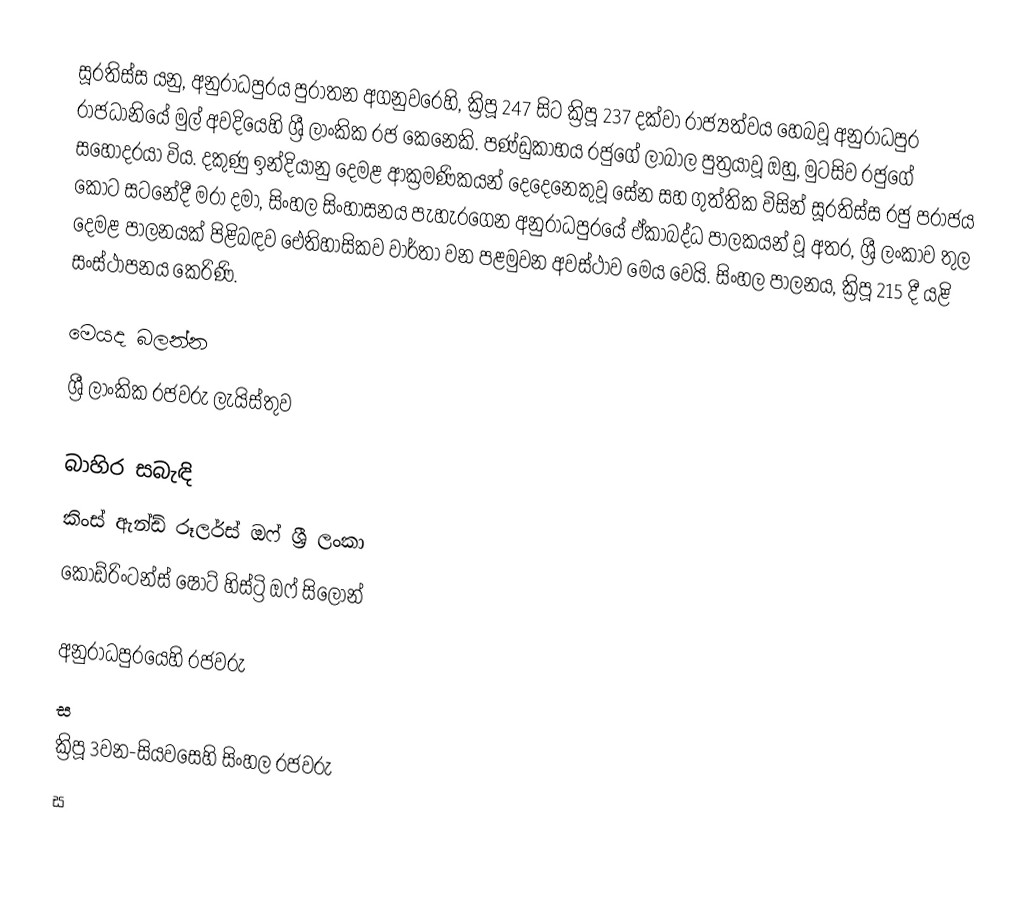
සූරතිස්ස යනු, අනුරාධපුරය පුරාතන අගනුවරෙහි, ක්‍රිපූ 247 සිට ක්‍රිපූ 237 දක්වා රාජ්‍යත්වය හෙබවූ අනුරාධපුර රාජධානියේ මුල් අවදියෙහි ශ්‍රී ලාංකික රජ කෙනෙකි. පණ්ඩුකාභය රජුගේ ලාබාල පුත්‍රයාවූ ඔහු,  මුටසිව රජුගේ සහෝදරයා විය.  දකුණු ඉන්දියානු දෙමළ ආක්‍රමණිකයන් දෙදෙනෙකුවූ සේන සහ ගුත්තික විසින් සූරතිස්ස රජු පරාජය කොට සටනේදී මරා දමා, සිංහල සිංහාසනය පැහැරගෙන අනුරාධපුරයේ ඒකාබද්ධ පාලකයන් වූ අතර, ශ්‍රී ලංකා‍ව තුල  දෙමළ පාලනයක් පිළිබඳව ඓතිහාසිකව වාර්තා වන පළමුවන අවස්ථාව මෙය වෙයි. සිංහල පාලනය, ක්‍රිපූ 215 දී යළි සංස්ථාපනය කෙරිණි.

මෙයද බලන්න
 ශ්‍රී ලාංකික රජවරු ලැයිස්තුව

බාහිර සබැඳි
 කිංස් ඇන්ඩ් රූලර්ස් ඔෆ් ශ්‍රී ලංකා
 කොඩ්රිංටන්ස් ෂෝට් හිස්ට්‍රි ඔෆ් සිලෝන්

අනුරාධපුරයෙහි රජවරු
ස
ක්‍රිපූ 3වන-සියවසෙහි සිංහල රජවරු
ස